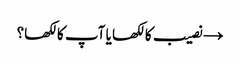
→ نصیب کا لکھا یا آپ کا لکھا؟